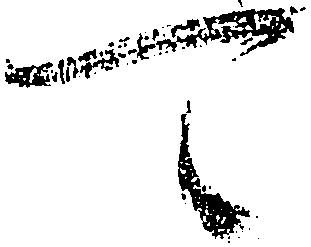
可